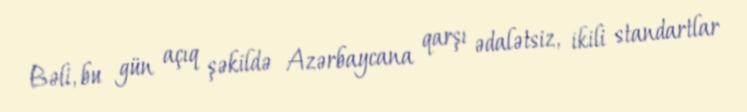
Bəli, bu gün açıq şəkildə Azərbaycana qarşı ədalətsiz, ikili standartlar